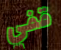
قفي